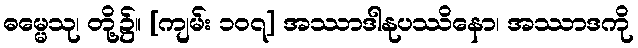
ဓမ္မေသု၊ တို့၌။ [ကျမ်း ၁၀၇] အဿာဒါနုပဿိနော၊ အဿာဒကို